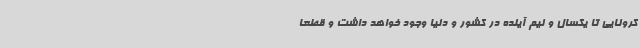
کرونایی تا یکسال و نیم آینده در کشور و دنیا وجود خواهد داشت و قطعا